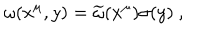
\omega ( x ^ { \mu } , y ) = { \widetilde \omega } ( x ^ { \mu } ) \sigma ( y ) ~ ,